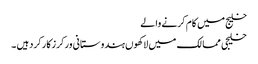
خلیج میں کام کرنے والے
خلیجی ممالک میں لاکھوں ہندوستانی ورکرزکارکردہیں ۔